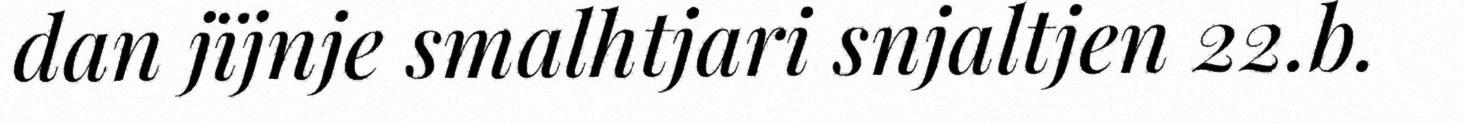
dan jïjnje smalhtjari snjaltjen 22.b.